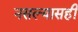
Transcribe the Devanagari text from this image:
नसल्यासही